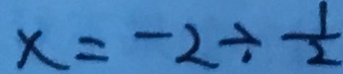
x = - 2 \div \frac { 1 } { 2 }